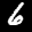
Label: 6